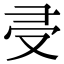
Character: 𠬶